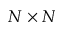
N \times N